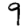
Digit: 9